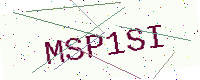
Text: MSP1SI